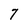
Character: 7